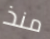
منذ